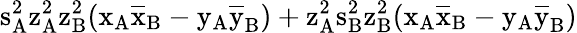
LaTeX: \mathrm{s_{A}^{2}\mathrm{z_{A}^{2}\mathrm{z_{B}^{2}(\mathrm{x_{A}\mathrm{\overline{{x}}_{B}-\mathrm{y_{A}\mathrm{\overline{{y}}_{B})+\mathrm{z_{A}^{2}\mathrm{s_{B}^{2}\mathrm{z_{B}^{2}(\mathrm{x_{A}\mathrm{\overline{{x}}_{B}-\mathrm{y_{A}\mathrm{\overline{{y}}_{B})}}}}}}}}}}}}}}